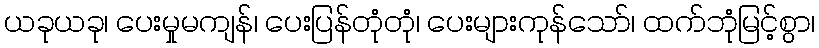
ယခုယခု၊ ပေးမှုမကျန်၊ ပေးပြန်တုံတုံ၊ ပေးများကုန်သော်၊ ထက်ဘုံမြင့်စွာ၊